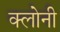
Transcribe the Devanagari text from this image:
क्लोनी